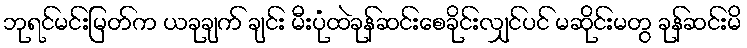
ဘုရင်မင်းမြတ်က ယခုချက် ချင်း မီးပုံထဲခုန်ဆင်းစေခိုင်းလျှင်ပင် မဆိုင်းမတွ ခုန်ဆင်းမိ